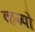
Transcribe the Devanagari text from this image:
कम्पो